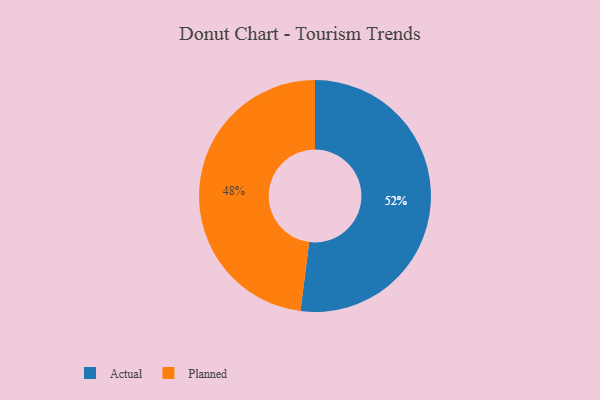
{"axis": {"x": "Category", "y": "Percentage"}, "legend": ["Actual", "Planned"], "data": [{"x": "Planned", "y": 48, "type": "Planned"}, {"x": "Actual", "y": 52, "type": "Actual"}]}